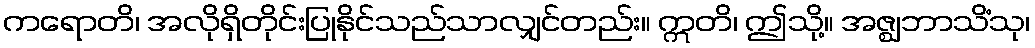
ကရောတိ၊ အလိုရှိတိုင်းပြုနိုင်သည်သာလျှင်တည်း။ ဣတိ၊ ဤသို့။ အဇ္ဈဘာသိံသု၊